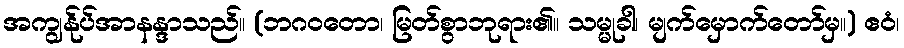
အကျွန်ုပ်အာနန္ဒာသည်။ (ဘဂဝတော၊ မြတ်စွာဘုရား၏။ သမ္မုခါ၊ မျက်မှောက်တော်မှ။) ဧဝံ၊